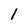
Character: 1